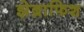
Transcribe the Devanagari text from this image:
झेब्राफिश